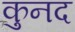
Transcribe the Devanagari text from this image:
कुनद